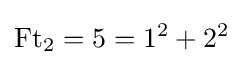
\operatorname {Ft} _{2}=5=1^{2}+2^{2}